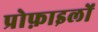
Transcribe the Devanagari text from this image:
प्रोफ़ाइलों